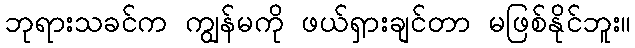
ဘုရားသခင်က ကျွန်မကို ဖယ်ရှားချင်တာ မဖြစ်နိုင်ဘူး။